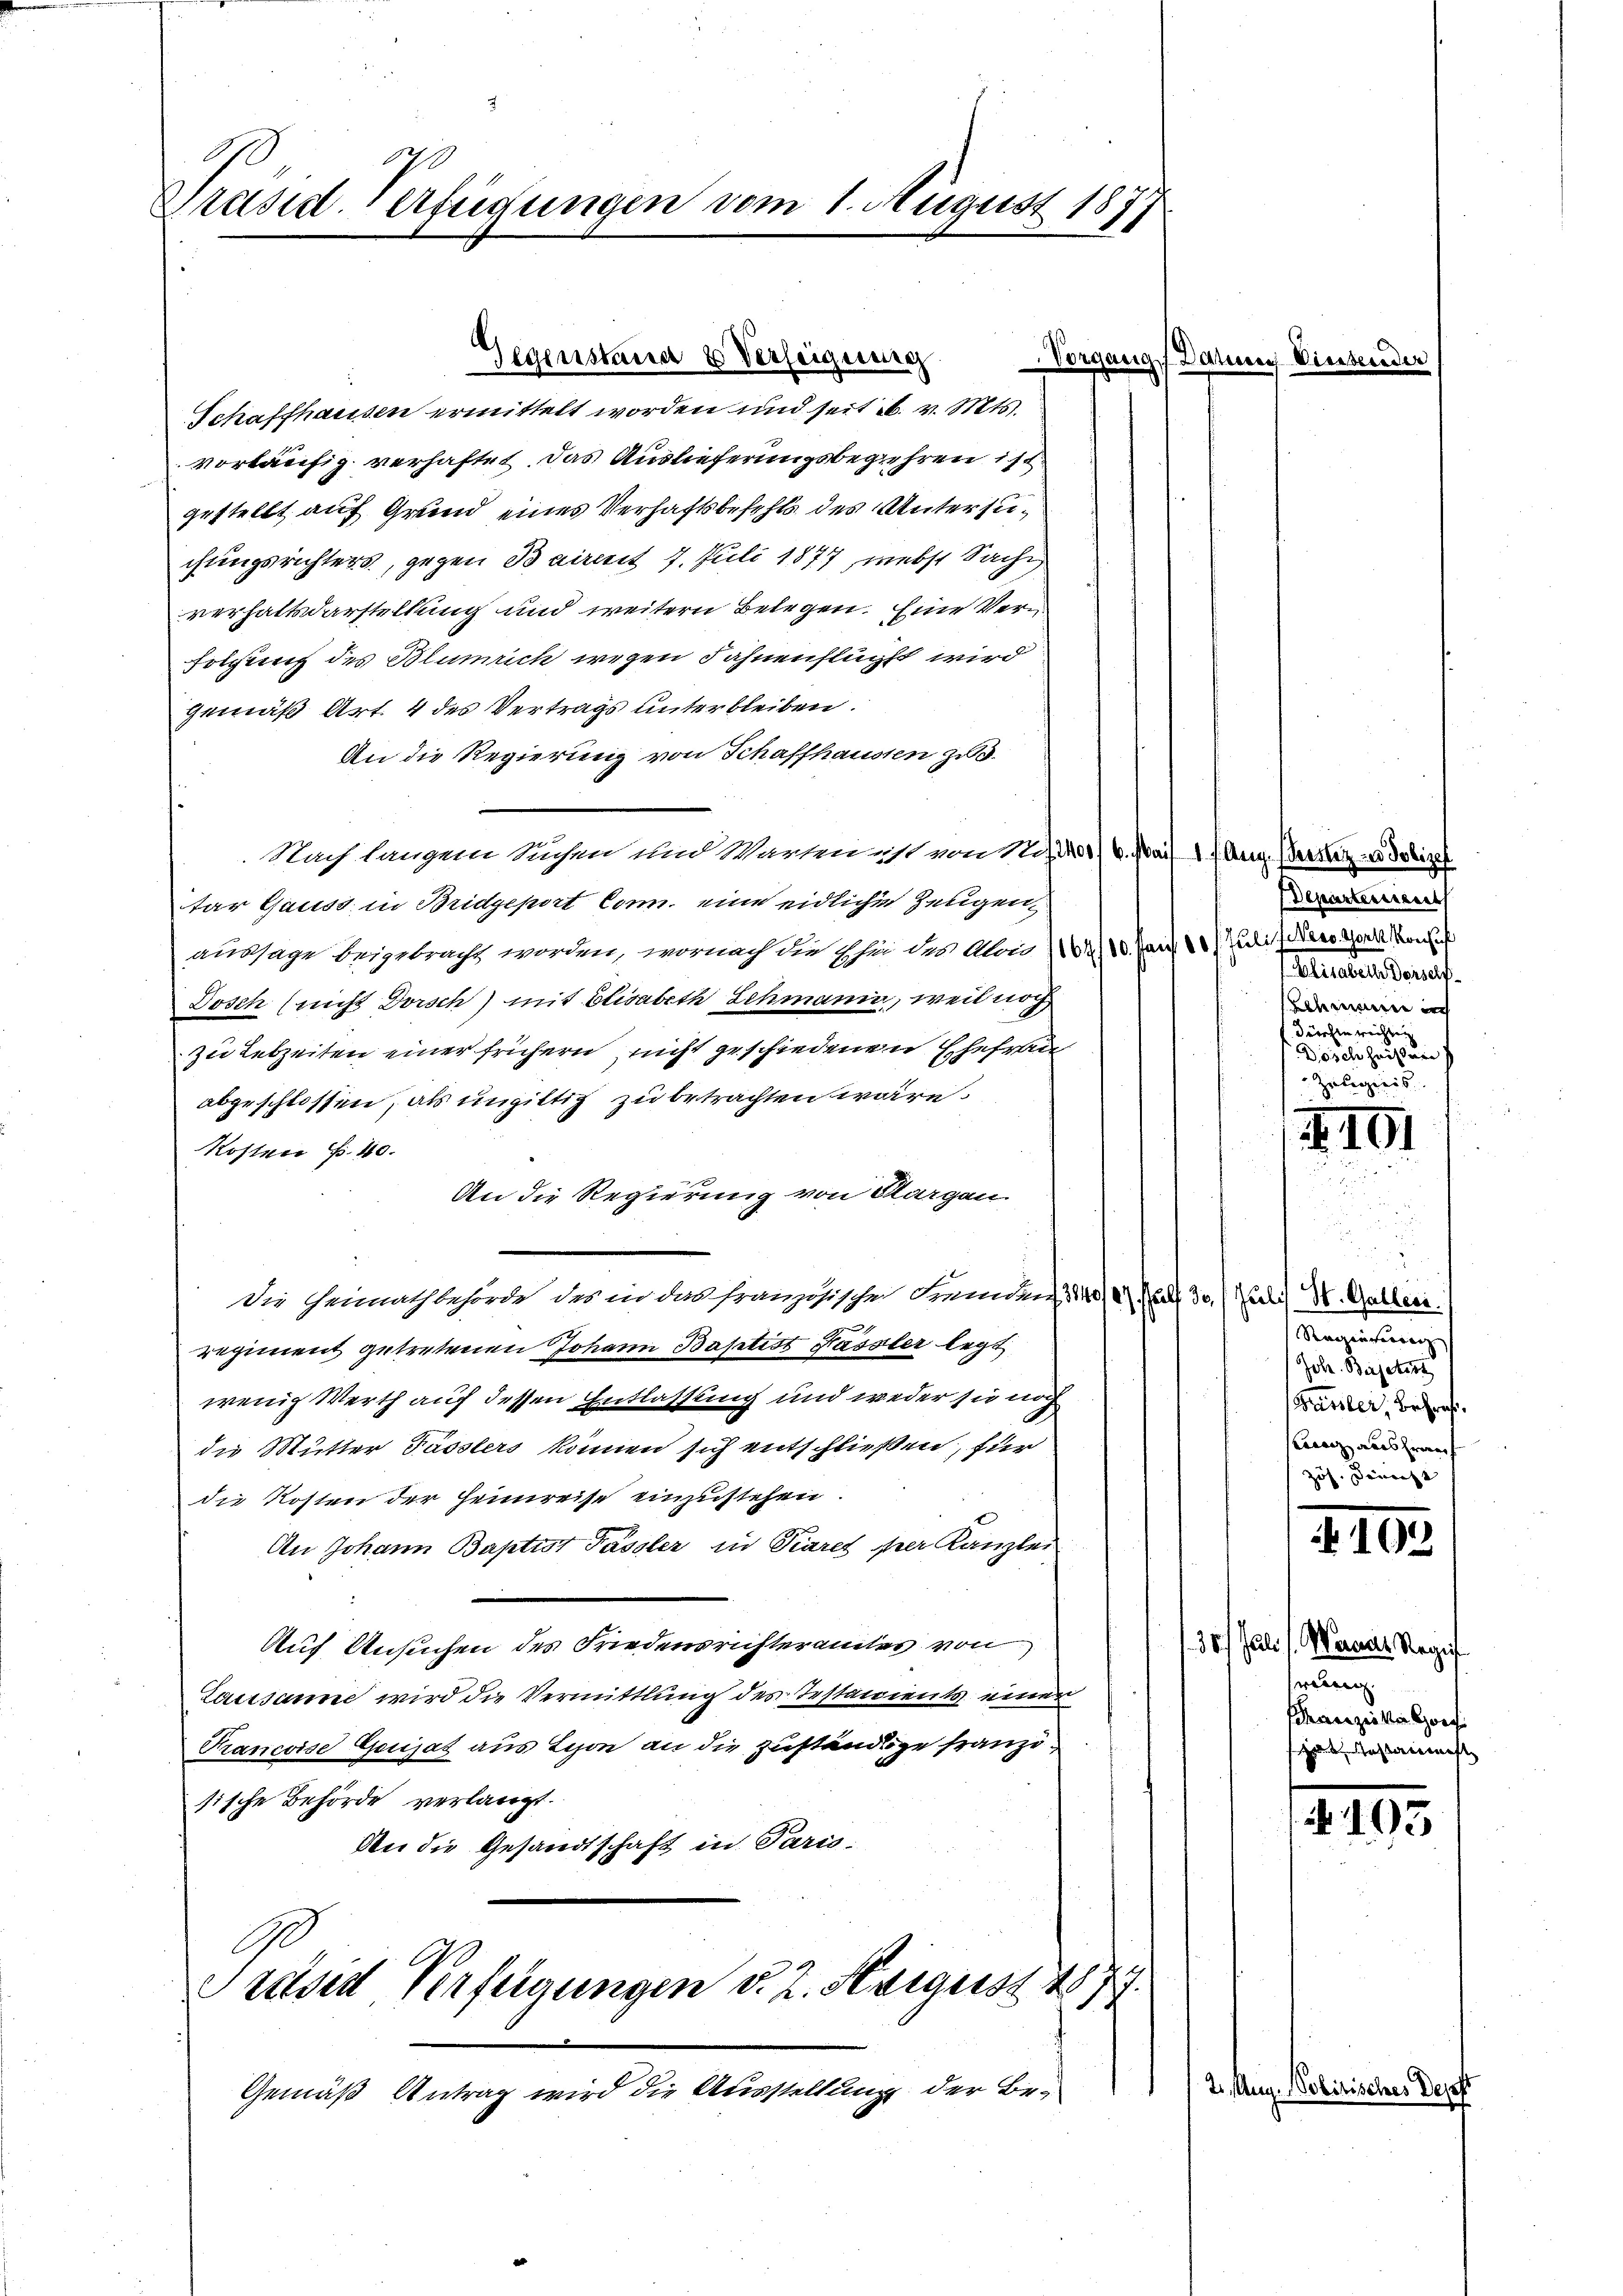
Präsid. Verfügungen vom 1. August 1877

Gegenstand 8 Verseignung

Schaffhausen ermittelt worden und seit u. v. Mts.
vorläufig verhaftet. Das Auslieferungsbegehren ist
gestellt auf Grund eines Verhaftsbefehls des Untersuchungsrichters, gegen Bairemit 7. Juli 1877, nebst Sache,
verhaltdarstellung und weitern Belegen. Eine Ver
folgung des Blumrich wegen Fahnenflücht wird
gemäß Art. 4 des Vertrags unterbleiben.
An die Regierung von Schaffhaussen zu
Nach langem Sachen und Warten ist von 2 1/4. Mai 17 Aug. dersetze Dotize
tar Gauss in Bridgeport Conn. eine eidliche Zeugen,
aussage beigebracht worden, wornach die Ehe des Alois (162/10. Mai 10. Juli der Herr Vor
Dosch (nicht Dorsch) mit Elisabeth Schmann, weil noch
zu Lebzeiten einer frühern nicht geschiedenen Ehefrau
abgeschlossen, als ungittig zu betrachten wäre.
Kosten B. 40.
An die Regierung von Sargau.
Die Heimathbehörde des in das französische Fremdung 310 fl 30. Julis H. Galleri
regiment getretenen Johann Baptist Fassler legt
wenig Werth auf dessen Entlassung und weder sie noch
die Mutter Tasslers können sich entschließen, für
die Kosten der Heimreise einzustehen.
An Johann Baptist Passler in Viares per Kanzlei
Auf Ansuchen des Friedensrichteramtes von
Lausanne wird die Vermittlung des Testanients einer
Prancoise Genjat aus Lyon an die zuständige franzisische Behörde verlangt.
Bei die Gesandtschaft in Paris.
Ge

reisen Verfügungen v. 2. Neigust 1877.
1

Gemäß Antrag wird die Ausstellung der Be¬

Vorgangs Darung Diesen

Departerrieres
Blieben darauf.
edenen auch
dirchen richten
f
Zubegreis

Regierung
Joh. Beijetist
Basler, Behre.
Krenz ausfrauf
zös. Danecht

101

210.

130/ Pali. /. Warner Regis
wenig
Franziskalors
hre Anstanist

193

2. Aug. Nobirisches Dep